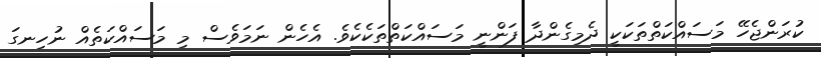
ކުރަންޖެހޭ މަސައްކަތްތަކަކީ ދެމިގެންދާ ފަންނީ މަސައްކަތްތަކެކެވެ. އެހެން ނަމަވެސް މި މަސައްކަތެއް ނުހިނގަ